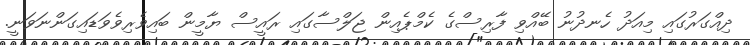
ދިއްގަރުގައި މިއަދު ހެނދުނު ބޭއްވި ފާރިސްގެ ކެމްޕެއިން ޖަލްސާގައި ރައީސް ޔާމީން ބައިވެރިވެވަޑައިގަންނަވަނީ.